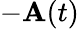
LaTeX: -\mathbf{A}(t)